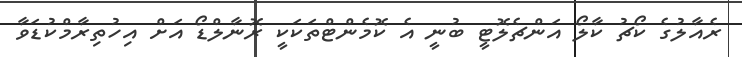
ރެއާލުގެ ކޯޗު ކާލޯ އަންޗެލޮޓީ ބުނީ އެ ކޮމެންޓްތަކަކީ ރޮނާލްޑޯ އަށް އިހުތިރާމްކުޑަވާ